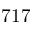
7 1 7